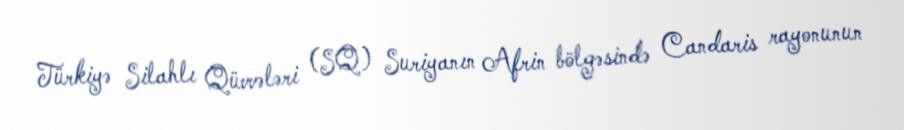
Türkiyə Silahlı Qüvvələri (SQ) Suriyanın Afrin bölgəsində Candaris rayonunun